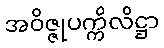
အဝိဇ္ဇုပက္ကိလိဋ္ဌာ